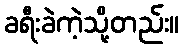
ခရီးခဲကဲ့သို့တည်း။